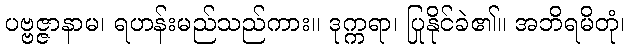
ပဗ္ဗဇ္ဇာနာမ၊ ရဟန်းမည်သည်ကား။ ဒုက္ကရာ၊ ပြုနိုင်ခဲ၏။ အဘိရမိတုံ၊